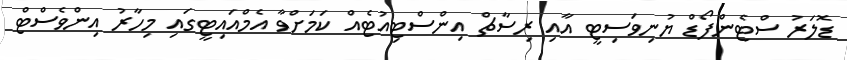
ޑޮލަރު ސްޓެންފޯޑް ޔުނިވަސިޓީ އާއި ރިސާޗް އިންސްޓިއުޓެއް ކަމަށްވާ އެމްއައިޓީގައި މިހާރު އިންވެސްޓް